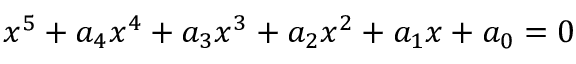
x ^ { 5 } + a _ { 4 } x ^ { 4 } + a _ { 3 } x ^ { 3 } + a _ { 2 } x ^ { 2 } + a _ { 1 } x + a _ { 0 } = 0